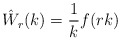
\begin{align*}\hat W_r(k) = \frac 1k f(rk)\end{align*}